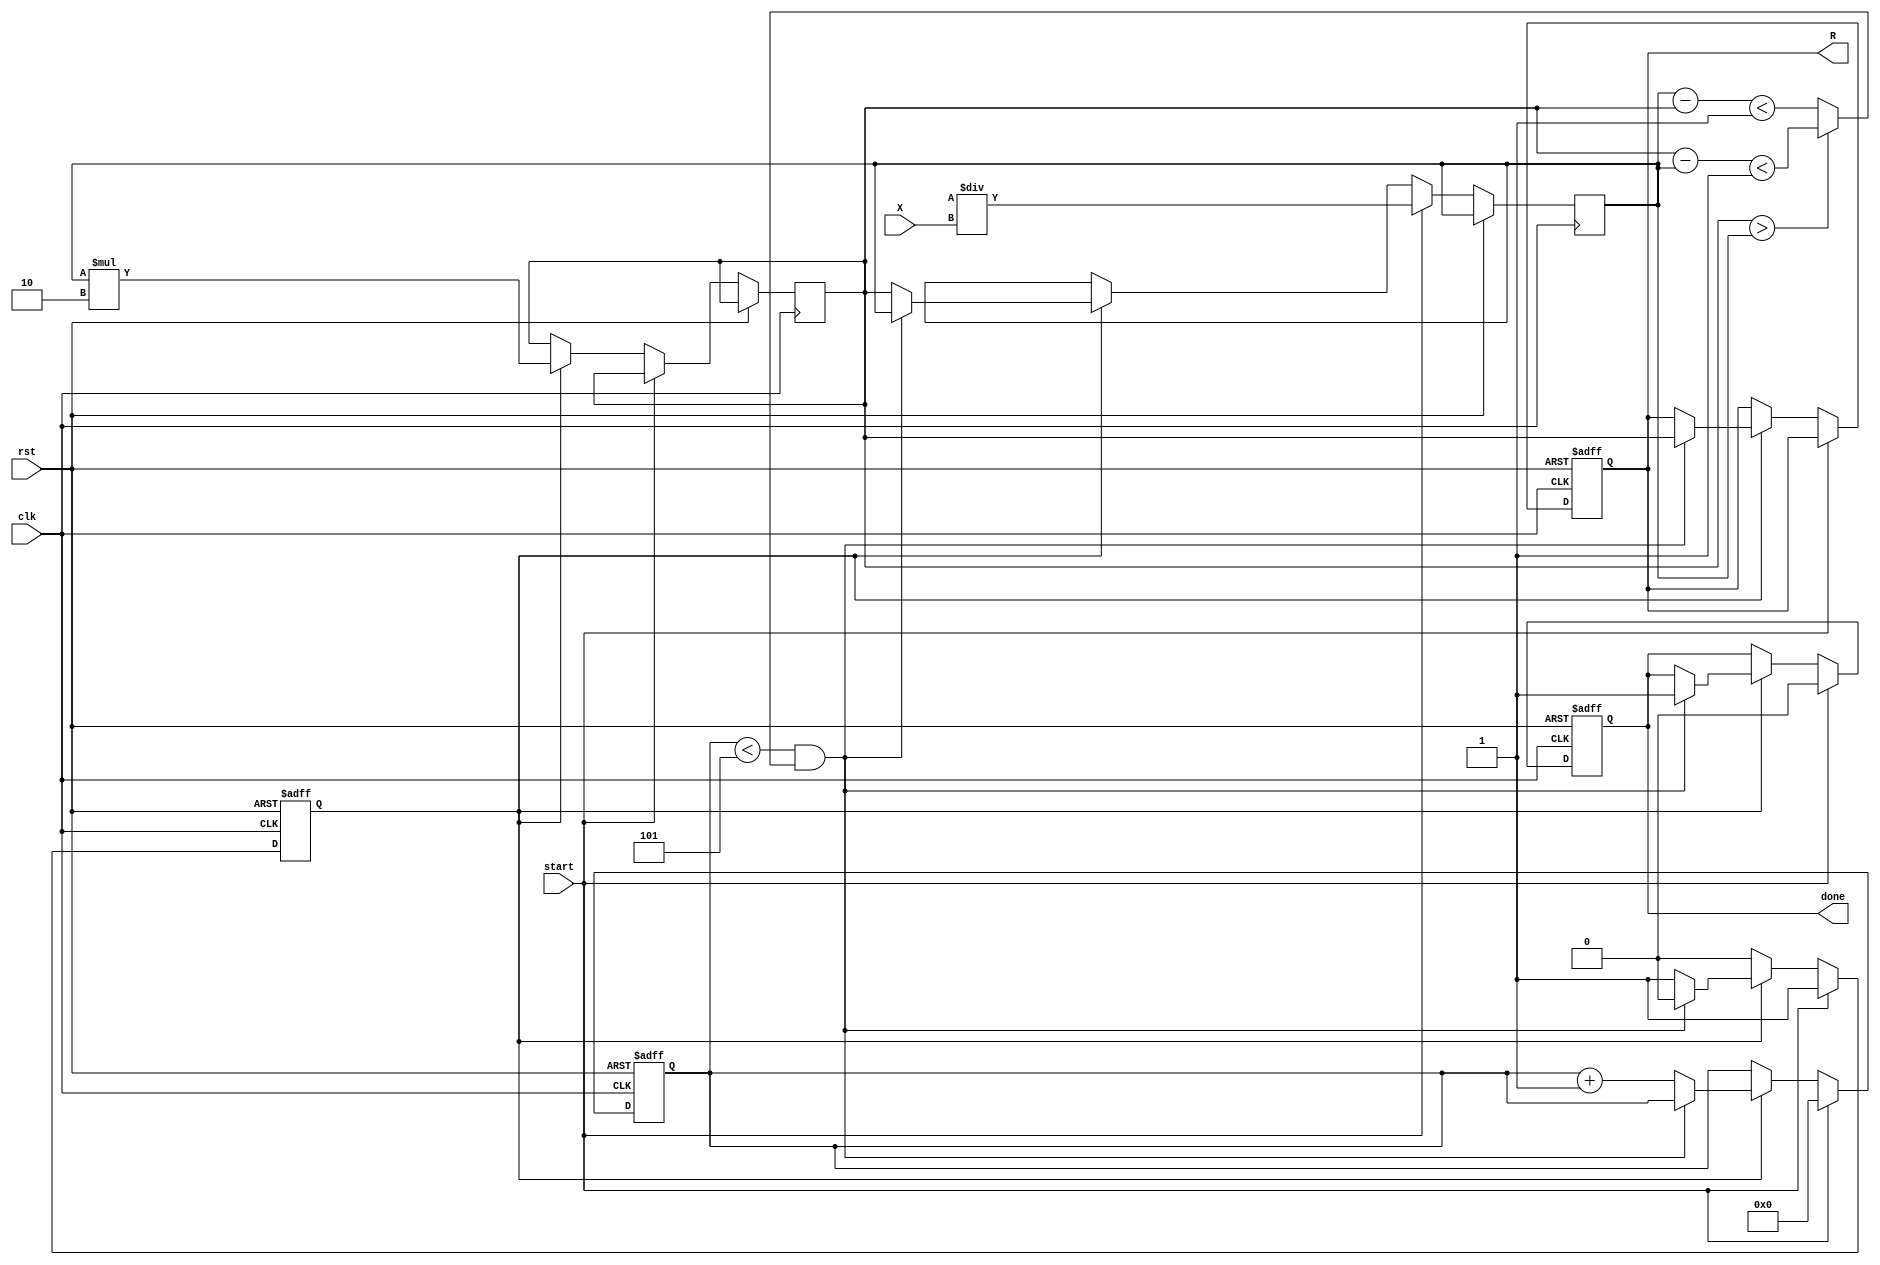
module newton_raphson_reciprocal #(
    parameter WIDTH = 32,         // Bit-width of the input and output
    parameter MAX_ITER = 5,       // Maximum number of iterations
    parameter THRESHOLD = 32'h00000001 // Convergence threshold
) (
    input wire clk,               // Clock input
    input wire rst,               // Reset input
    input wire [WIDTH-1:0] X,     // Input value
    input wire start,             // Start signal to begin computation
    output reg [WIDTH-1:0] R,     // Output reciprocal
    output reg done               // Done signal to indicate completion
);

    reg [WIDTH-1:0] G;            // Current guess
    reg [WIDTH-1:0] G_next;       // Next guess
    reg [3:0] iter_count;         // Iteration counter
    reg computing;                // Flag for computing state

    always @(posedge clk or posedge rst) begin
        if (rst) begin
            R <= 0;
            done <= 0;
            iter_count <= 0;
            computing <= 0;
        end else begin
            if (start) begin
                // Initialize the guess G = 2 / X
                G <= {1'b0, {WIDTH-1{1'b0}}} / X;    // Initial guess (2/X)
                iter_count <= 0;
                done <= 0;
                computing <= 1;
            end else if (computing) begin
                // Iterate using the Newton-Raphson formula
                G_next <= G * (32'h00000002 - (X * G >> WIDTH)); // G_next = G * (2 - X * G)
                
                // Check for convergence
                if (iter_count < MAX_ITER && (G_next > G ? (G_next - G) < THRESHOLD : (G - G_next) < THRESHOLD)) begin
                    R <= G_next;    // Update output
                    done <= 1;      // Mark as done
                    computing <= 0; // Exit computing state
                end else begin
                    G <= G_next;     // Update current guess
                    iter_count <= iter_count + 1; // Increment iteration count
                end
            end
        end
    end
    
endmodule